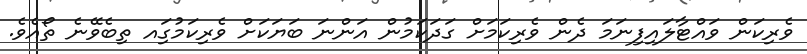
ވެރިކަން ވައްޓާލައިފިނަމަ ދެން ވެރިކަމަށް ގަދަކަމުން އަންނަ ބަޔަކަށް ވެރިކަމުގަިއ ތިބެވޭނެ ތޯއެވެ.